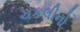
ચકલીનો